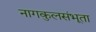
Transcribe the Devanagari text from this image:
नागकुलसंभूता